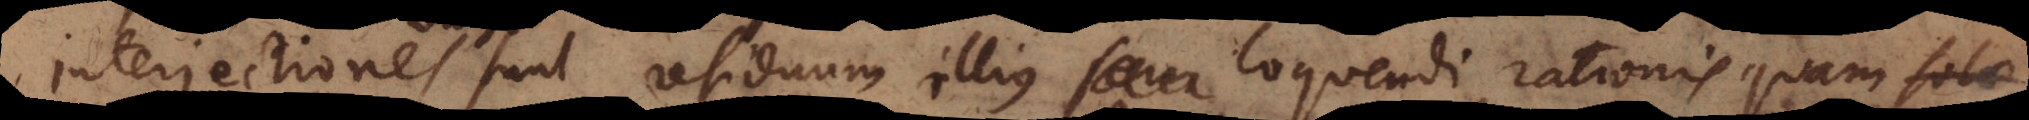
Interjectiones sunt residuum illius loquendi rationis quam solae